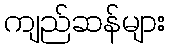
ကျည်ဆန်များ